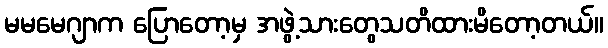
မမမေဂျာက ပြောတော့မှ အဖွဲ့သားတွေသတိထားမိတော့တယ်။